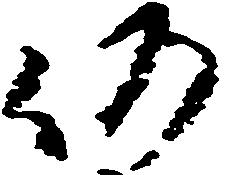
仍